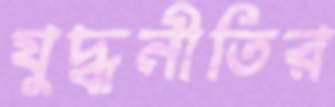
যুদ্ধনীতির